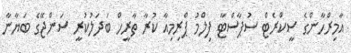
އާމިރްހާންގެ ސީކްރެޓް ސުޕާސްޓާ ފިލްމު ޕްރިމިއާ ކުރާ ތާރީހް ބަދަލުކުރީ ސަންޖޭގެ ބަޔާނާ